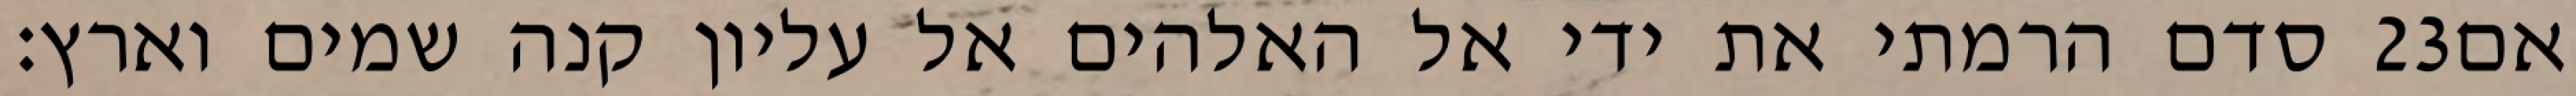
סדם הרמתי את ידי אל האלהים אל עליון קנה שמים וארץ׃ ‎23‏ אם